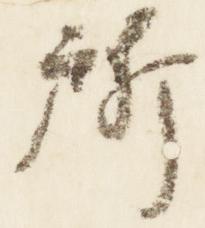
所